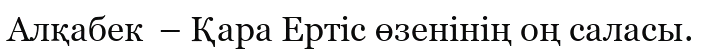
Алқабек  – Қара Ертіс өзенінің оң саласы.